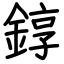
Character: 錞